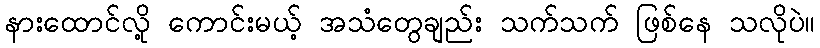
နားထောင်လို့ ကောင်းမယ့် အသံတွေချည်း သက်သက် ဖြစ်နေ သလိုပဲ။